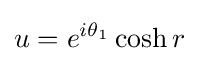
u=e^{i\theta _{1}}\cosh r